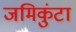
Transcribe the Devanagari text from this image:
जमिकुंटा